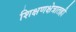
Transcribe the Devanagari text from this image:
शिक्षणक्षेत्रातही